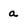
Character: a